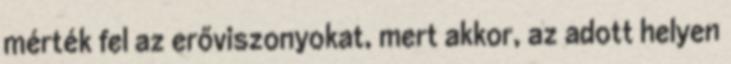
mérték fel az erőviszonyokat, mert akkor, az adott helyen